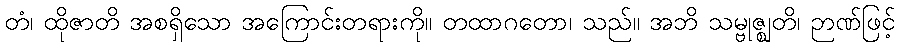
တံ၊ ထိုဇာတိ အစရှိသော အကြောင်းတရားကို။ တထာဂတော၊ သည်။ အဘိ သမ္ဗုဇ္ဈတိ၊ ဉာဏ်ဖြင့်